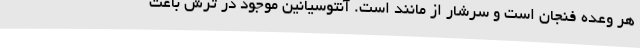
هر وعده فنجان است و سرشار از مانند است. آنتوسیانین موجود در ترش باعث